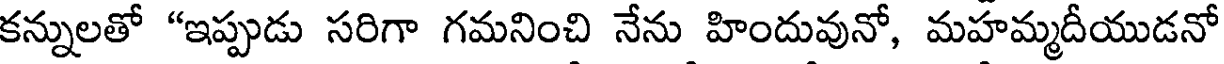
కన్నులతో "ఇప్పుడు సరిగా గమనించి నేను హిందువునో, మహమ్మదీయుడనో